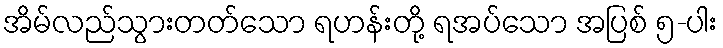
အိမ်လည်သွားတတ်သော ရဟန်းတို့ ရအပ်သော အပြစ် ၅-ပါး